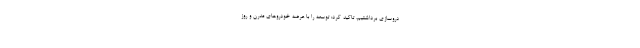
دروسازی برداشتیم، تاکید کرد: توسعه را با عرضه خودروهای مدرن و روز